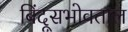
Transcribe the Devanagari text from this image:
बिंदूसभोवताल